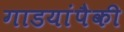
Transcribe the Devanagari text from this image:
गाडयांपैकी